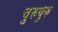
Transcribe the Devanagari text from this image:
चुरुचुरु